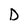
Character: D